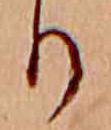
り